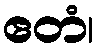
ဧတံ၊